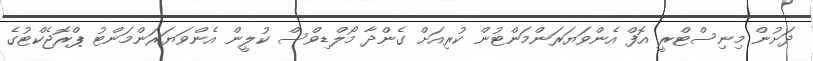
ދަށުން މިނިސްޓްރީ އޮފް އެންވަޔަރަންމަންޓުން ކުރިއަށް ގެންދާ މޯލްޑިވްސް ކުލީން އެންވަޔަރަންމަންޓު ޕްރޮޖެކްޓުގެ